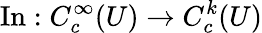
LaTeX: \operatorname{In}:C_{c}^{\infty}(U)\to C_{c}^{k}(U)